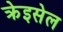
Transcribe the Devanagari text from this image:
क्रेइसेल